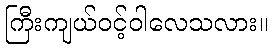
ကြီးကျယ်ဝင့်ဝါလေသလား။